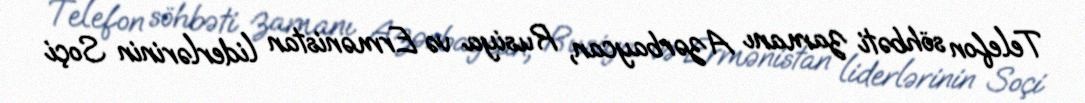
Telefon söhbəti zamanı Azərbaycan, Rusiya və Ermənistan liderlərinin Soçi